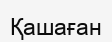
Қашаған